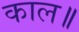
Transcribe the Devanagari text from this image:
काल॥